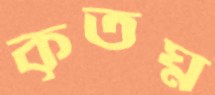
কৃতঘ্ন